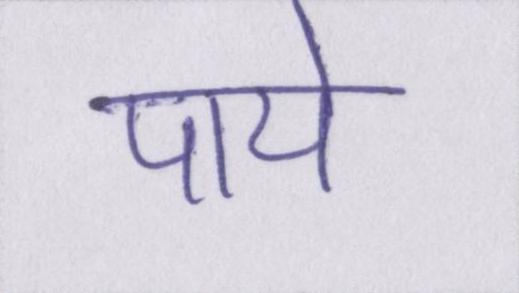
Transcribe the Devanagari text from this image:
पाये